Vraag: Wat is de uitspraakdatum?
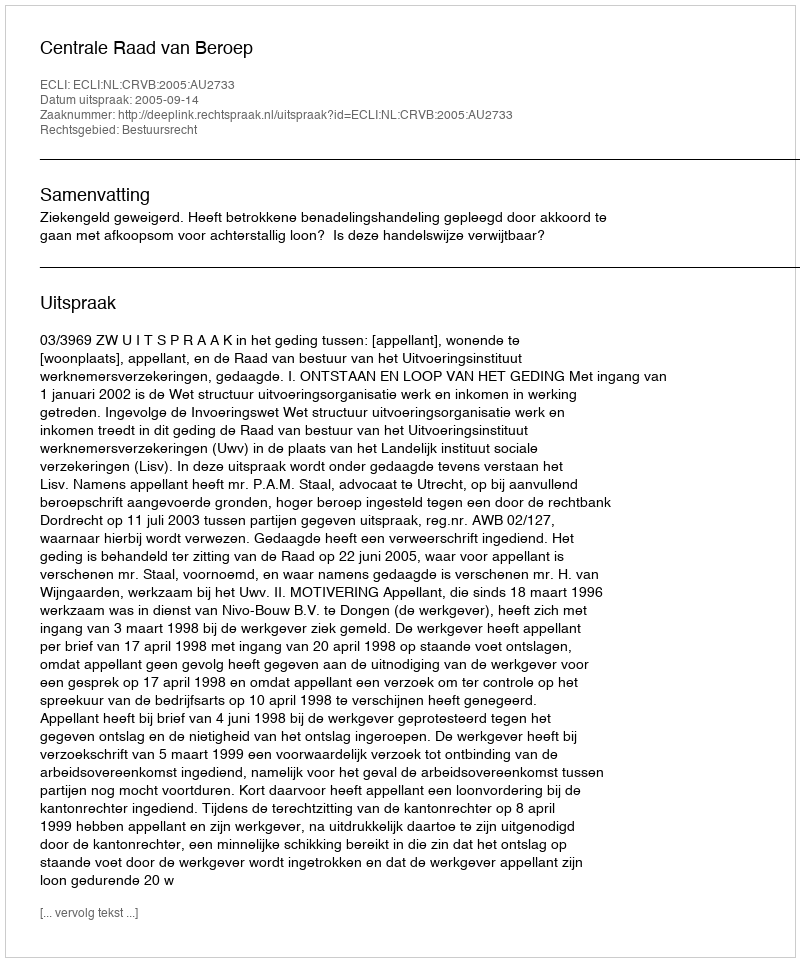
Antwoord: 2005-09-14